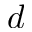
d